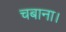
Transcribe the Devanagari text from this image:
चबाना।